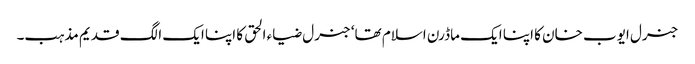
جنرل ایوب خان کا اپنا ایک ماڈرن اسلام تھا‘ جنرل ضیاء الحق کا اپنا ایک الگ قدیم مذہب۔